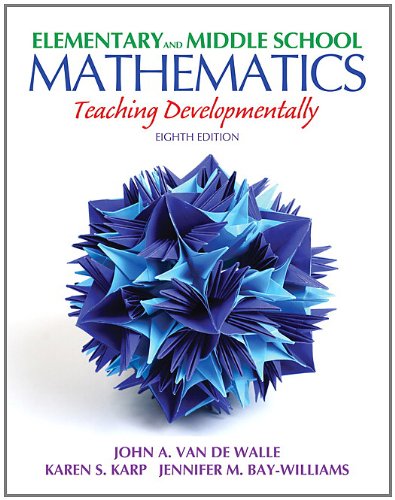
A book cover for Elementary and Middle School Mathematics: Teaching Developmentally (8th Edition) (Teaching Student-Centered Mathematics Series); John A. Van de Walle; Education & Teaching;